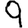
Digit: 9